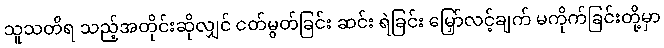
သူသတိရ သည့်အတိုင်းဆိုလျှင် ငတ်မွတ်ခြင်း ဆင်း ရဲခြင်း မြှော်လင့်ချက် မကိုက်ခြင်းတို့မှာ